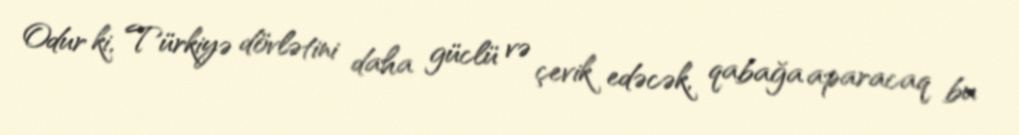
Odur ki, Türkiyə dövlətini daha güclü və çevik edəcək, qabağa aparacaq bu